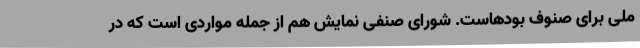
ملی برای صنوف بودهاست. شورای صنفی نمایش هم از جمله مواردی است که در